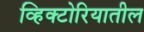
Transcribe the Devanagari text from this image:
व्हिक्टोरियातील